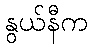
နွယ်နီက